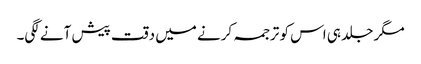
مگر جلد ہی اس کو ترجمہ کرنے میں دقت پیش آنے لگی۔